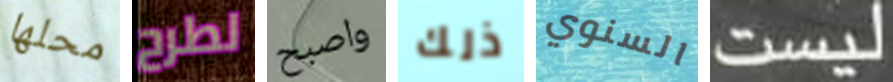
محلها لطرح واصبح ذلك السنوي ليست